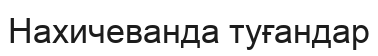
Нахичеванда туғандар